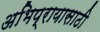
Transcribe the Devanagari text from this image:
अभिप्रायासाठी